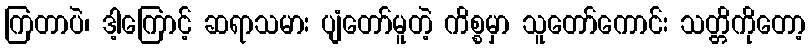
ကြတာပဲ၊ ဒါ့ကြောင့် ဆရာသမား ပျံတော်မူတဲ့ ကိစ္စမှာ သူတော်ကောင်း သတ္တိကိုတော့